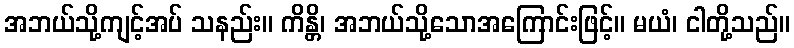
အဘယ်သို့ကျင့်အပ် သနည်း။ ကိန္တိ၊ အဘယ်သို့သောအကြောင်းဖြင့်။ မယံ၊ ငါတို့သည်။